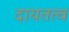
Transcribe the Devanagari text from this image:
दायतत्व